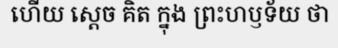
ហើយ ស្តេច គិត ក្នុង ព្រះហឫទ័យ ថា